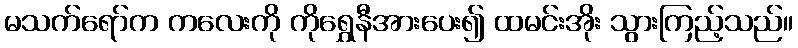
မသက်ရော်က ကလေးကို ကိုရွှေနီအားပေး၍ ထမင်းအိုး သွားကြည့်သည်။